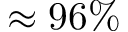
\approx 9 6 \%